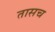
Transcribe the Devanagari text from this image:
तासच